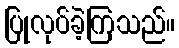
ပြုလုပ်ခဲ့ကြသည်။